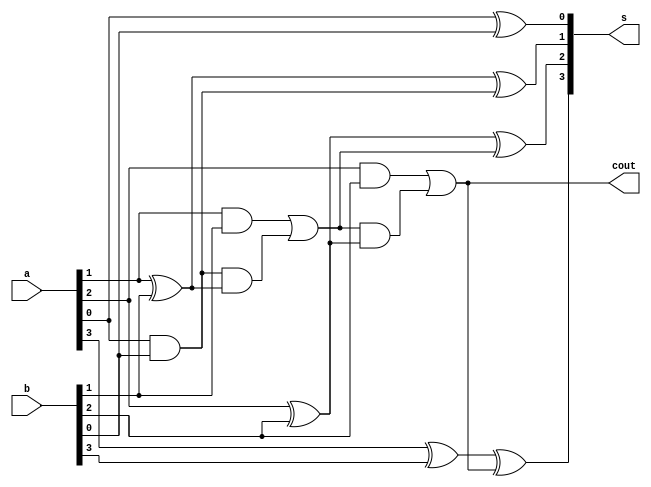
module RCA_BEHAV(
  input [3:0] a,
  input [3:0] b,
  output reg [3:0] s,
  output reg cout
);
  reg[3:0] c;

  integer i; 
  always @(*) begin
    
    c[0] = 1'b0; 
    for (i = 0; i < 4; i = i + 1) begin
      s[i] = (a[i] ^ b[i] ^ c[i]);
      c[i + 1] = (a[i] & b[i]) | (c[i] & (a[i] ^ b[i]));
    end
    
    cout = c[3];

  end
endmodule